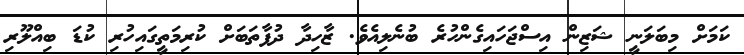
ކަމަށް މިބަލަނީ ޝަޒިން އިސްޖަހައިގެންހުރެ ބުނެލިއެވެ. ޒާހިދާ ދުފާތަބަށް ކުރިމަތީގައިހުރި ކުޑަ ބިއްލޫރި